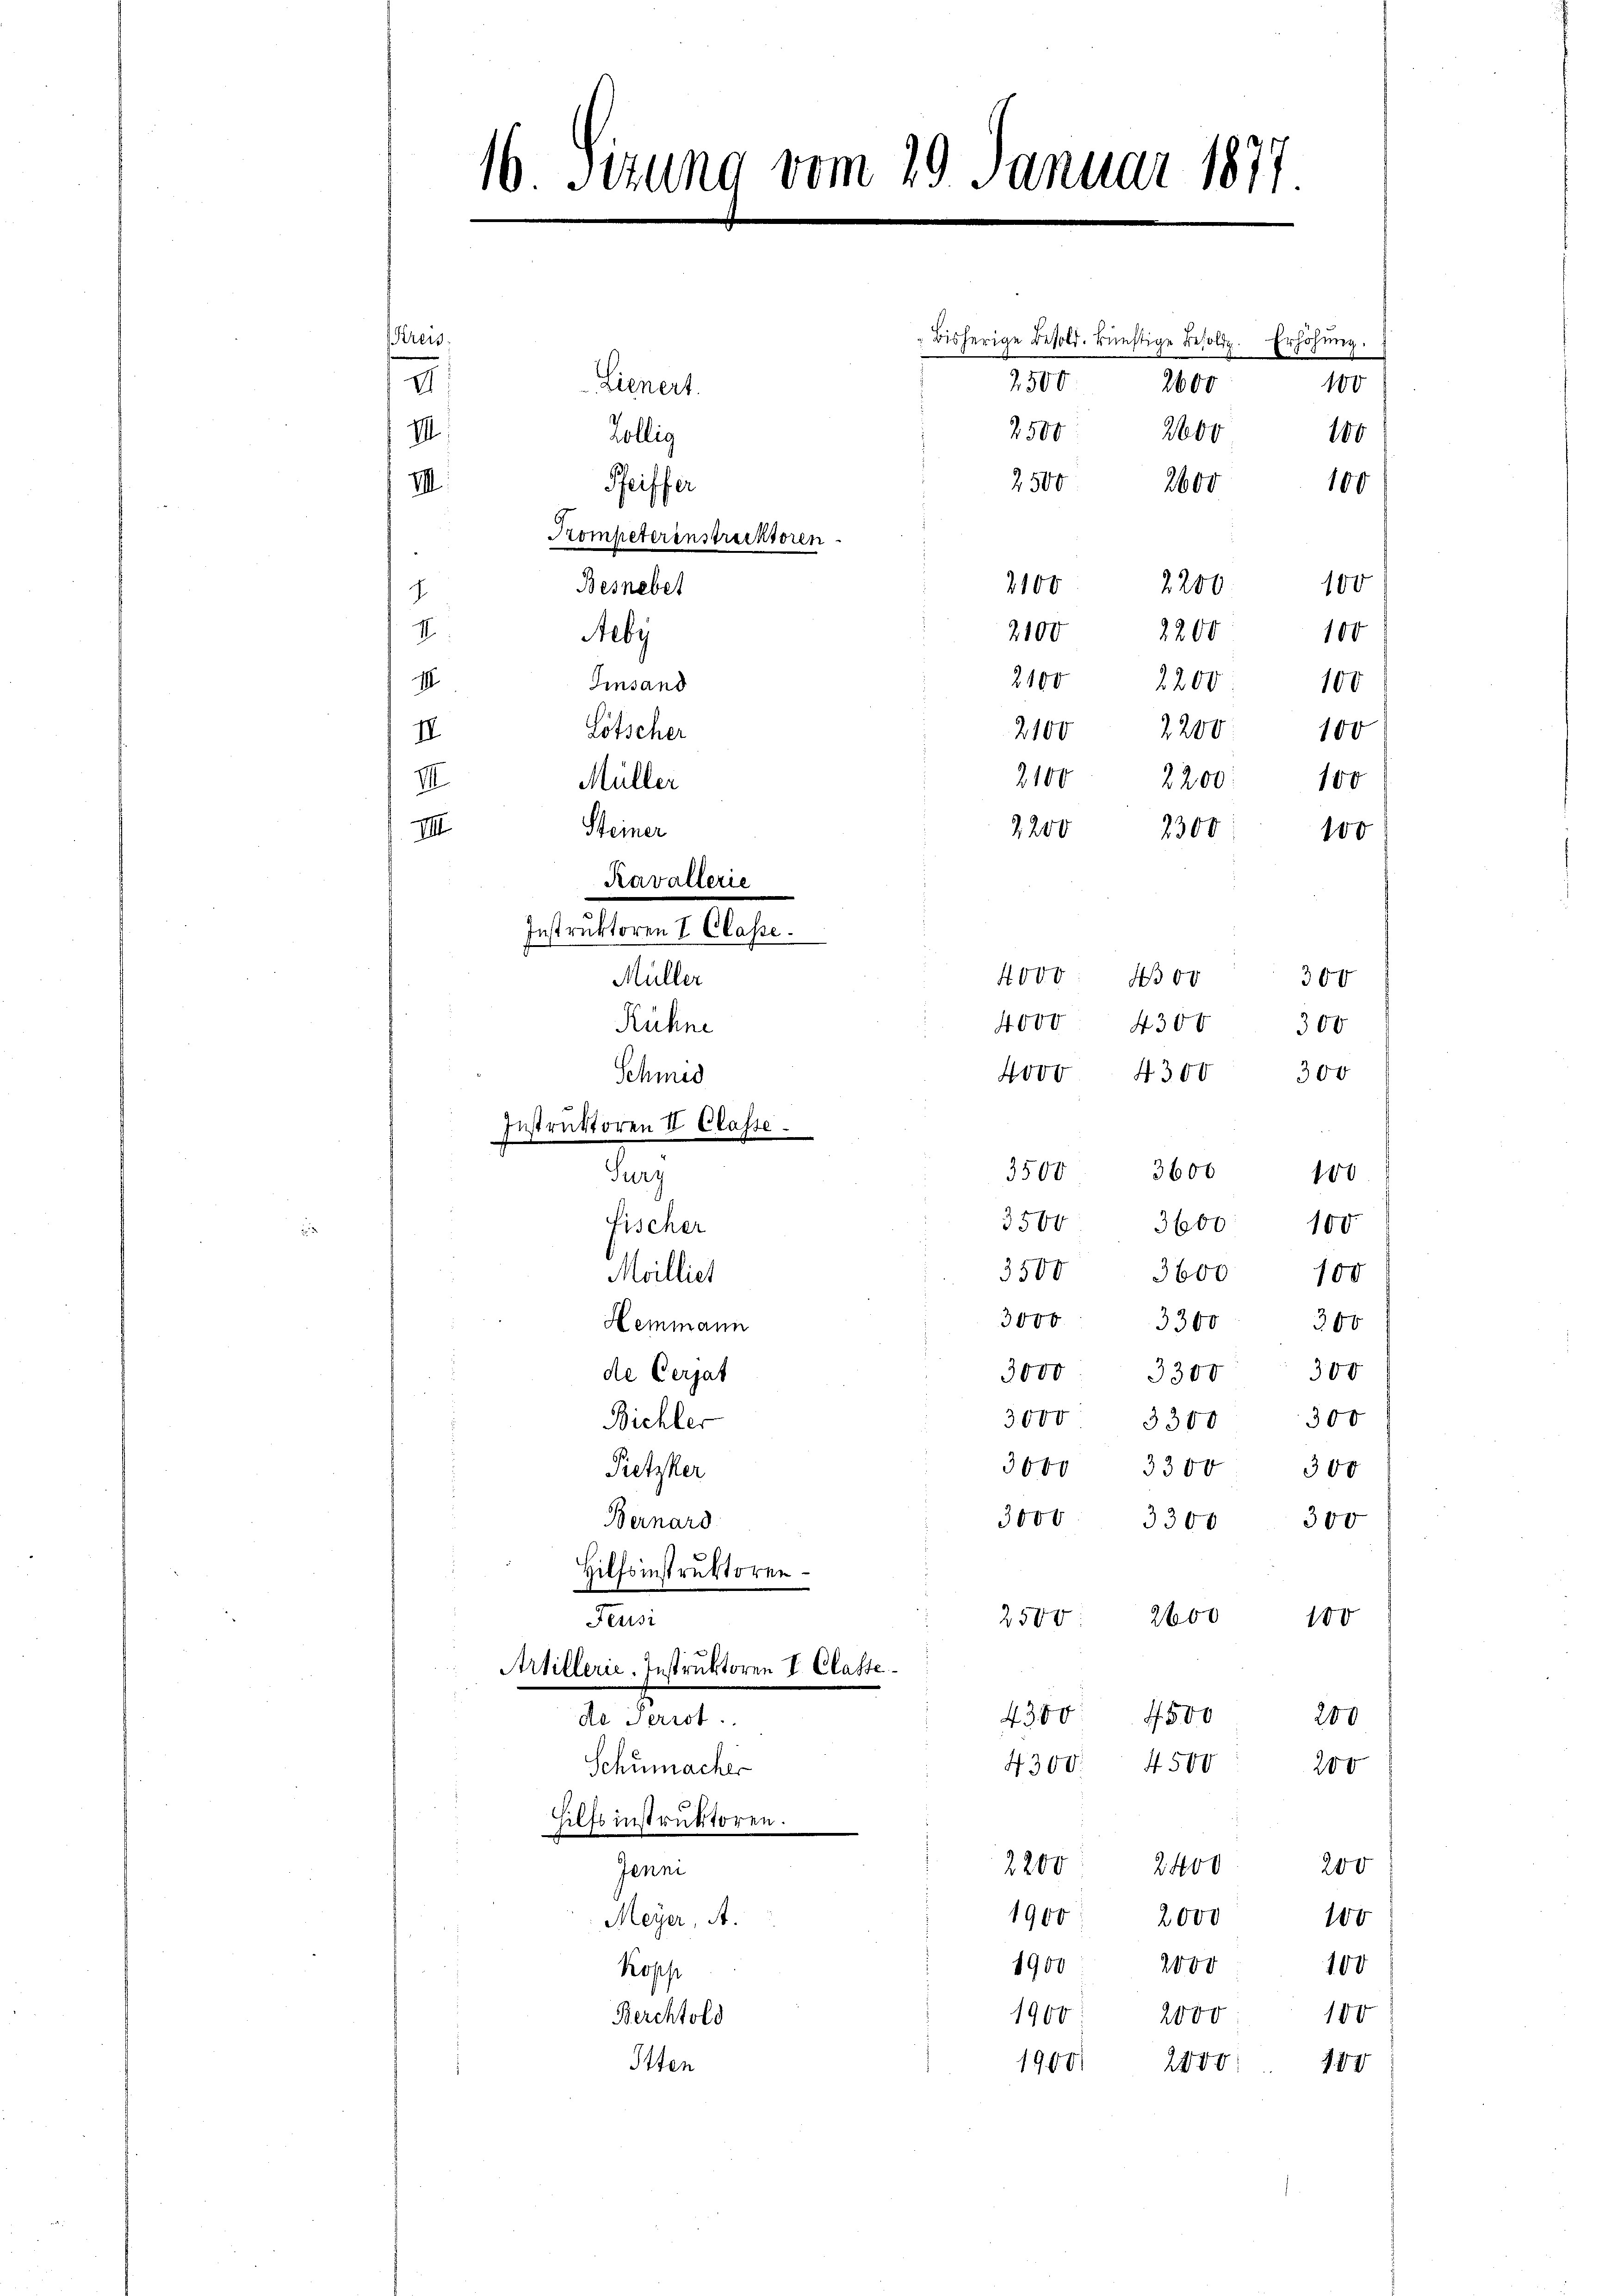
VI

Kreis

III
VIII

¬
.
v. Stund vom 29. Januar 181

Lienert.

Köllig
Pfeiffer
Kompeterinstrecktoren

Instruktoren II Classe.
de

Besnebel
eby
Einsand
Lötscher
Müller
Steiner
Kavallerie
Instruktoren I Classe.
Müller
Rühne
Schmid

Hilfsinstruktoren
Feusi
Artillerie. Instruktoren I. Claste
4350
500
de Perrot.
200
4500
4300.
200
Schumacher
Hilfsinstruktoren.
2400
200
2200
Jenni

Fischer
Moilliet
Heimann
de Gersat
Bichler
Pietzker
Bernard

Meyer, A.
Kopp
Berchtold
Itten

2 500

2500

bisherige Besold. künftige Besolde. Erhöhung.
10
2600
2590
2660
100

2200. 100
2100
2100
2200
100
2100 2200 : 100
2100 2200
100
2100
2200:
100
7200
2300
100
300
300
Hovo 4300 300
3500 3600 100.
3500 3600 100
3500
3600
100
3000. 3300. 300
3000. 3300 300
3000
300
3300
3000 3300 300
3000. 3300 300
2500. 2600 100

4000

2600

100

1900
2000
100
1900 2000
100
1964
180
2000
1900, 2000
87

4000. 400

4300